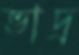
ভাদ্র